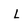
Character: L